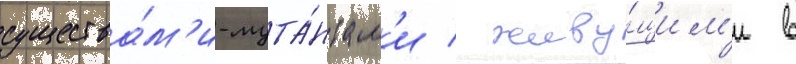
существа́м'и-мута́нтам'и / живу́щим'и в